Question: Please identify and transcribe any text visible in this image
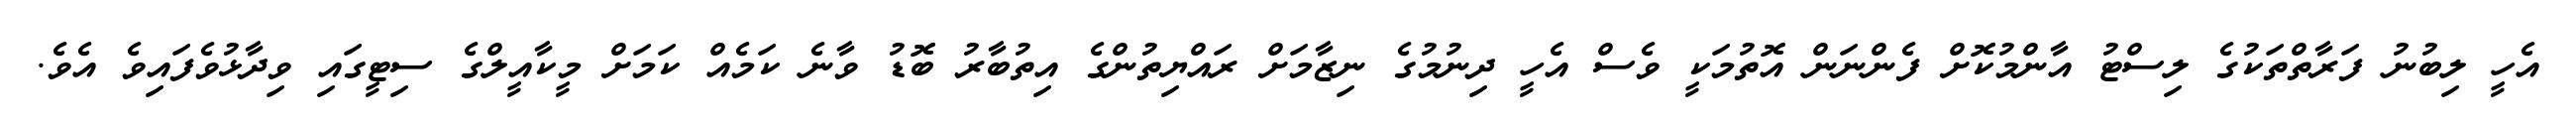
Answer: އެހީ ލިބުނު ފަރާތްތަކުގެ ލިސްޓު އާންމުކޮށް ފެންނަން އޮތުމަކީ ވެސް އެހީ ދިނުމުގެ ނިޒާމަށް ރައްޔިތުންގެ އިތުބާރު ބޮޑު ވާނެ ކަމެއް ކަމަށް މީކާއީލްގެ ސިޓީގައި ވިދާޅުވެފައިވެ އެވެ.